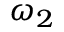
\omega _ { 2 }